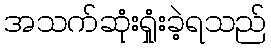
အသက်ဆုံးရှုံးခဲ့ရသည်